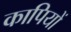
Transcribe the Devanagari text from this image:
कापियों